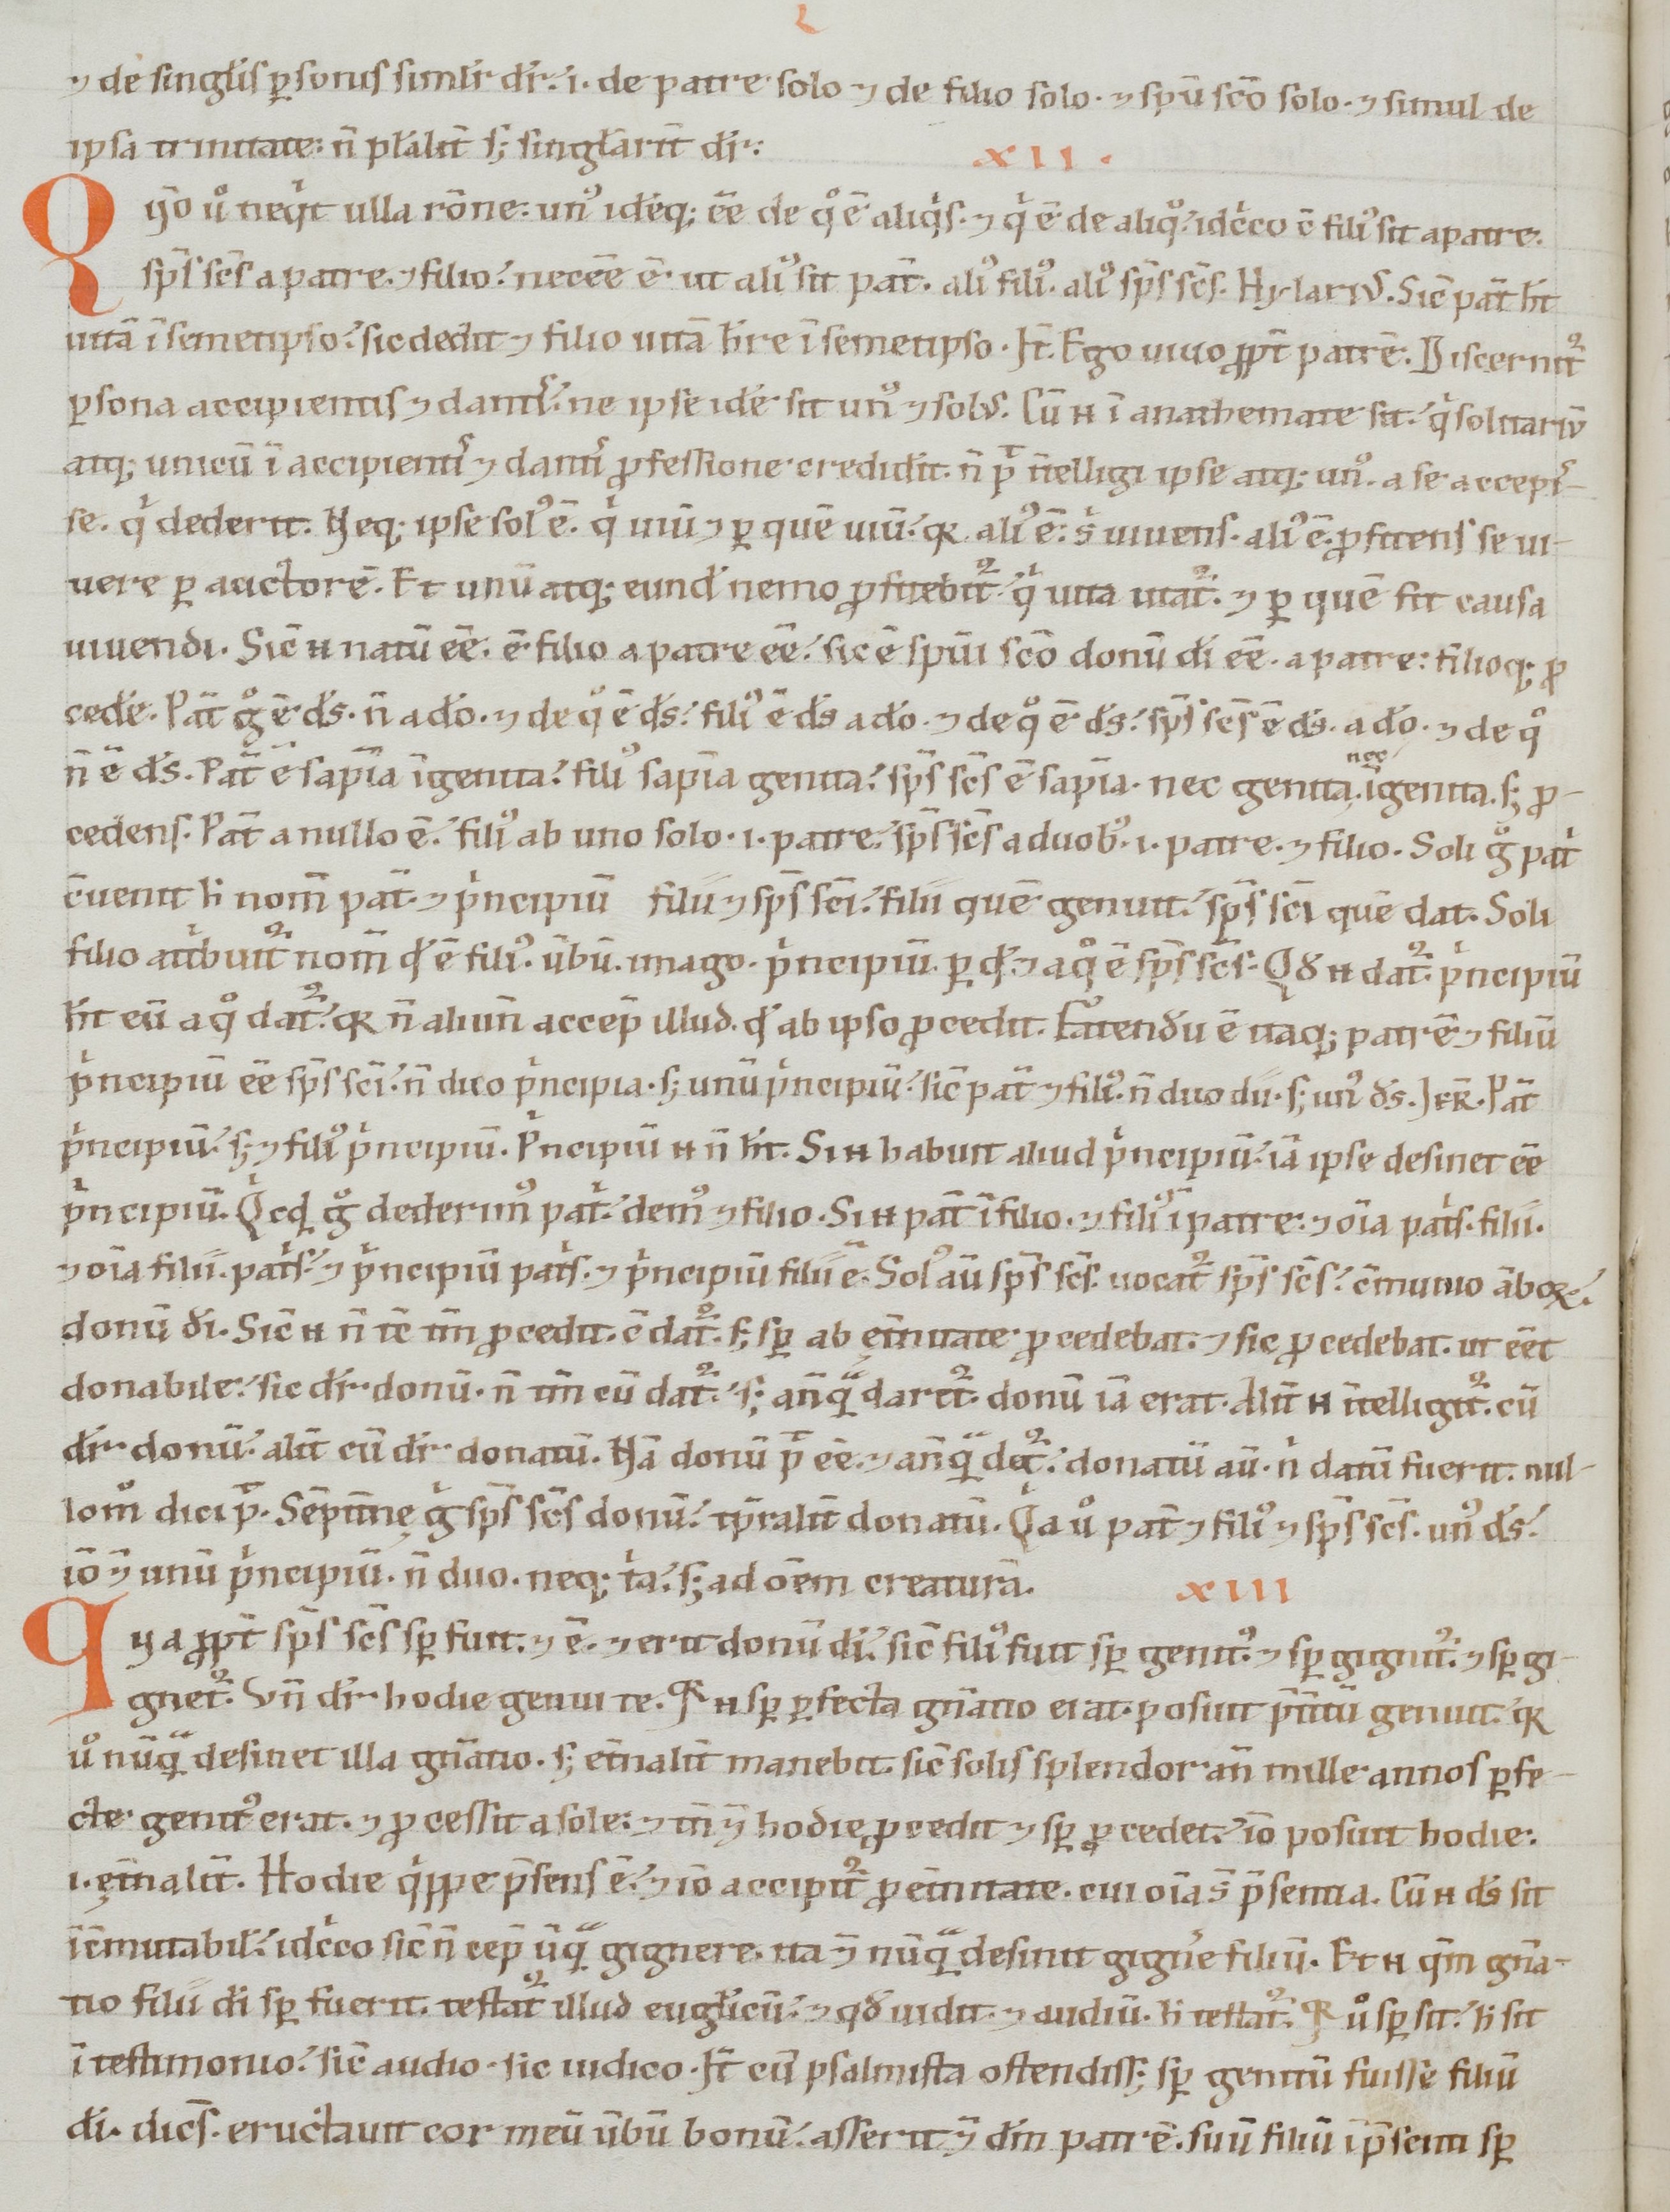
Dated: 1100–1199